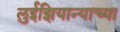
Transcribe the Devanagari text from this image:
लुईझियान्याच्या